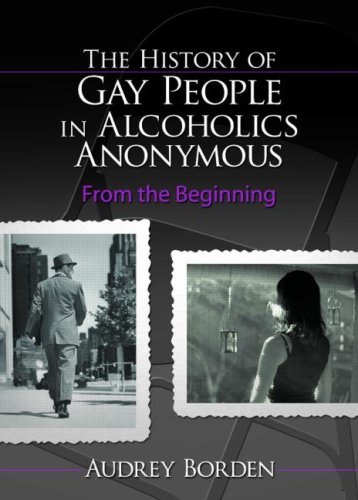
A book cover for The History of Gay People in Alcoholics Anonymous: From the Beginning (Haworth Series in Family and Consumer Issues in Health); Audrey Borden; Parenting & Relationships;